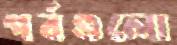
পর্বগুলো